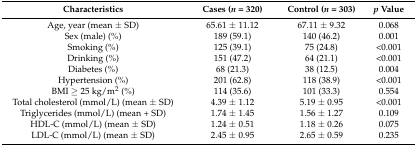
<table><thead><tr><td><b>Characteristics</b></td><td><b>Cases (<i>n</i> = 320)</b></td><td><b>Control (<i>n</i> = 303)</b></td><td><b><i>p</i> Value</b></td></tr></thead><tbody><tr><td>Age, year (mean ± SD)</td><td>65.61 ± 11.12</td><td>67.11 ± 9.32</td><td>0.068</td></tr><tr><td>Sex (male) (%)</td><td>189 (59.1)</td><td>140 (46.2)</td><td>0.001</td></tr><tr><td>Smoking (%)</td><td>125 (39.1)</td><td>75 (24.8)</td><td>&lt;0.001</td></tr><tr><td>Drinking (%)</td><td>151 (47.2)</td><td>64 (21.1)</td><td>&lt;0.001</td></tr><tr><td>Diabetes (%)</td><td>68 (21.3)</td><td>38 (12.5)</td><td>0.004</td></tr><tr><td>Hypertension (%)</td><td>201 (62.8)</td><td>118 (38.9)</td><td>&lt;0.001</td></tr><tr><td>BMI ≥ 25 kg/m<sup>2</sup> (%)</td><td>114 (35.6)</td><td>101 (33.3)</td><td>0.554</td></tr><tr><td>Total cholesterol (mmol/L) (mean ± SD)</td><td>4.39 ± 1.12</td><td>5.19 ± 0.95</td><td>&lt;0.001</td></tr><tr><td>Triglycerides (mmol/L) (mean + SD)</td><td>1.74 ± 1.45</td><td>1.56 ± 1.27</td><td>0.109</td></tr><tr><td>HDL-C (mmol/L) (mean ± SD)</td><td>1.24 ± 0.51</td><td>1.18 ± 0.26</td><td>0.075</td></tr><tr><td>LDL-C (mmol/L) (mean ± SD)</td><td>2.45 ± 0.95</td><td>2.65 ± 0.59</td><td>0.235</td></tr></tbody></table>